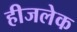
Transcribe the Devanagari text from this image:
हीजलेक